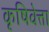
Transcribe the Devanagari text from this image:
कृषिवेत्ता